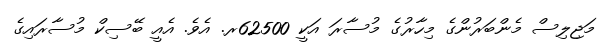
މަޖިލިސް މެންބަރުންގެ މިހާރުގެ މުސާރަ އަކީ 62500ރ. އެވެ. އެއީ ބޭސިކް މުސާރައިގެ